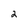
Character: 2